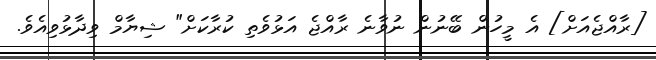
[ރާއްޖެއަށް] އެ މީހުން ބޭނުން ނުވާނެ ރާއްޖެ އަޅުވެތި ކުރާކަށް" ޝިޔާމް ވިދާޅުވިއެވެ.